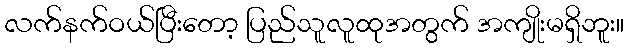
လက်နက်ဝယ်ပြီးတော့ ပြည်သူလူထုအတွက် အကျိုးမရှိဘူး။